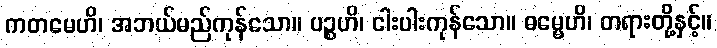
ကတမေဟိ၊ အဘယ်မည်ကုန်သော။ ပဉ္စဟိ၊ ငါးပါးကုန်သော။ ဓမ္မေဟိ၊ တရားတို့နှင့်။